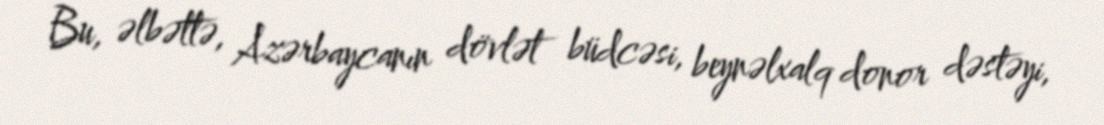
Bu, əlbəttə, Azərbaycanın dövlət büdcəsi, beynəlxalq donor dəstəyi,